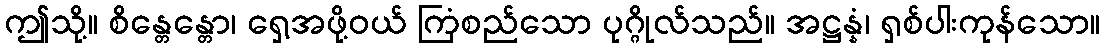
ဤသို့။ စိန္တေန္တော၊ ရှေ့အဖို့ဝယ် ကြံစည်သော ပုဂ္ဂိုလ်သည်။ အဋ္ဌန္နံ၊ ရှစ်ပါးကုန်သော။